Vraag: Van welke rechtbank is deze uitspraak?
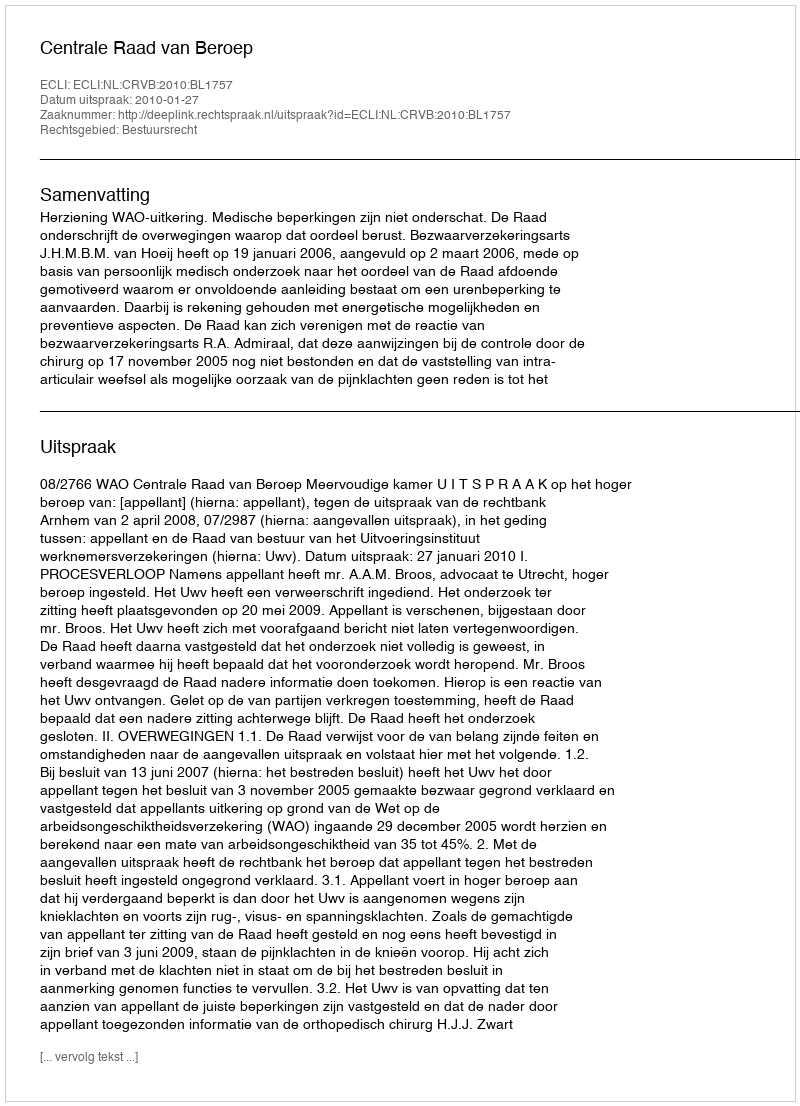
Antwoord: Centrale Raad van Beroep